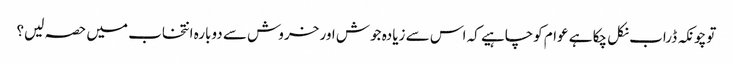
توچونکہ ڈراب نکل چکا ہے عوام کوچاہیے کہ اس سے زیادہ جوش اور خروش سے دوبارہ انتخاب میں حصہ لیں؟